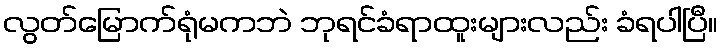
လွတ်မြောက်ရုံမကဘဲ ဘုရင်ခံရာထူးများလည်း ခံရပါပြီ။